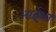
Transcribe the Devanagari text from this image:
आईशा